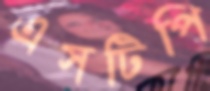
এসটিপি